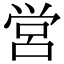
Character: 営